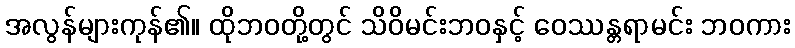
အလွန်များကုန်၏။ ထိုဘဝတို့တွင် သိဝိမင်းဘဝနှင့် ဝေဿန္တရာမင်း ဘဝကား